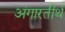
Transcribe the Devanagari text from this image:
अंगारतीर्थ